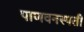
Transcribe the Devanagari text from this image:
पाणवनस्पती